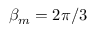
\beta _ { m } = 2 \pi / 3